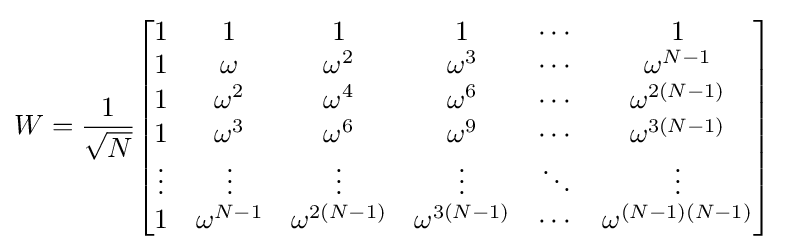
W={\frac {1}{\sqrt {N}}}{\begin{bmatrix}1&1&1&1&\cdots &1\\1&\omega &\omega ^{2}&\omega ^{3}&\cdots &\omega ^{N-1}\\1&\omega ^{2}&\omega ^{4}&\omega ^{6}&\cdots &\omega ^{2(N-1)}\\1&\omega ^{3}&\omega ^{6}&\omega ^{9}&\cdots &\omega ^{3(N-1)}\\\vdots &\vdots &\vdots &\vdots &\ddots &\vdots \\1&\omega ^{N-1}&\omega ^{2(N-1)}&\omega ^{3(N-1)}&\cdots &\omega ^{(N-1)(N-1)}\end{bmatrix}}